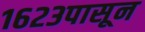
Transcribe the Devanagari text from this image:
१६२३पासून